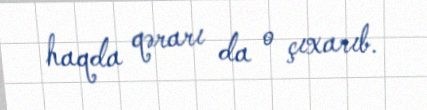
haqda qərarı da o çıxarıb.